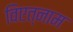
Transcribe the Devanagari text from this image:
विएत्नाम